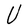
Character: U